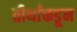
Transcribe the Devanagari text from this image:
तीर्थांकडून